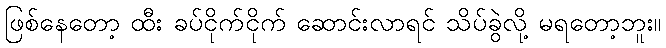
ဖြစ်နေတော့ ထီး ခပ်ငိုက်ငိုက် ဆောင်းလာရင် သိပ်ခွဲလို့ မရတော့ဘူး။